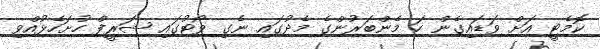
ކޮމެޓީ އަށް ވަޑައިގެން ހަ މެންބަރުންގެ މެދުގައި ނެގި ވޯޓުގައި ޝަރީފް ހުށަހެޅުއްވި